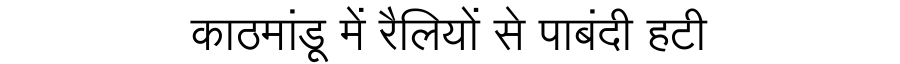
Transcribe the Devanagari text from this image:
काठमांडू में रैलियों से पाबंदी हटी